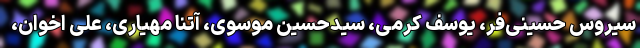
سیروس حسینی‌فر، یوسف کرمی، سیدحسین موسوی، آتنا مهیاری، علی اخوان،